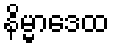
နိမ္မာဒေထ